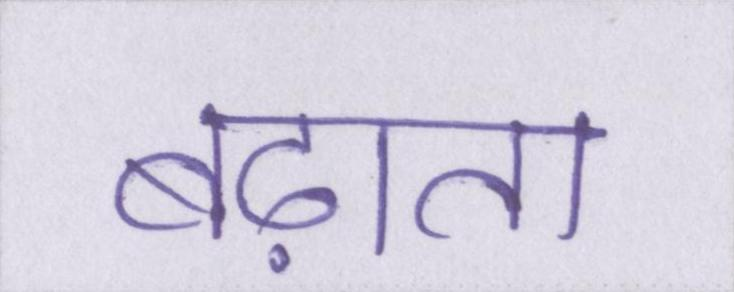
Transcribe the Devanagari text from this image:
बढ़ाता